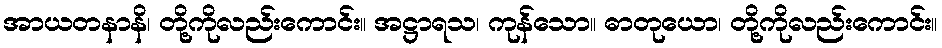
အာယတနာနိ၊ တို့ကိုလည်းကောင်း။ အဋ္ဌာရသ၊ ကုန်သော။ ဓာတုယော၊ တို့ကိုလည်းကောင်း။